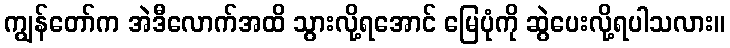
ကျွန်တော်က အဲဒီလောက်အထိ သွားလို့ရအောင် မြေပုံကို ဆွဲပေးလို့ရပါသလား။